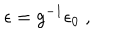
\epsilon = g ^ { - 1 } \epsilon _ { 0 } \; ,